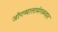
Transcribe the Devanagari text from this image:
जोगव्यालामंगळवार